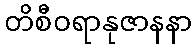
တိစီဝရာနုဇာနနာ